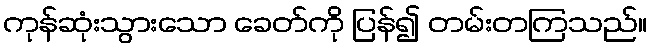
ကုန်ဆုံးသွားသော ခေတ်ကို ပြန်၍ တမ်းတကြသည်။